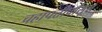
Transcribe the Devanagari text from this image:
चहापत्तीपासून